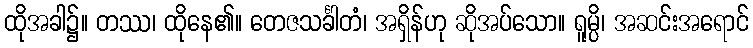
ထိုအခါ၌။ တဿ၊ ထိုနေ၏။ တေဇသင်္ခါတံ၊ အရှိန်ဟု ဆိုအပ်သော။ ရူမ္ပိ၊ အဆင်းအရောင်